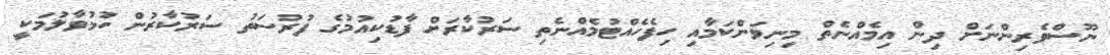
ނޫސްވެރިންނަށް ދިން އިމެއްނެތް މިނިވަންކަމާއި ހިފެހެއްޓުމެއްނެތި ސަރުކާރަށް ފާޑުކިއުމުގެ ފުރުސަތު ސަރުކާރުން ހުޅުވާލުމަކީ